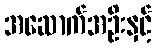
အဆောက်အဦးနှင့်